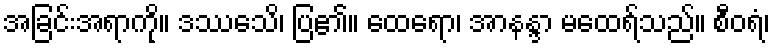
အခြင်းအရာကို။ ဒဿေသိ၊ ပြ၏။ ထေရော၊ အာနန္ဒာ မထေရ်သည်။ စီဝရံ၊